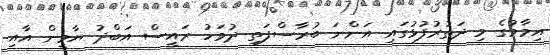
އިމާމުގެ މި ދަތުރުފުޅުގައި އަންނަ ބުރާސްފަތި ދުވަހު ރައީސް އަބްދު ޔާމީން އާއި